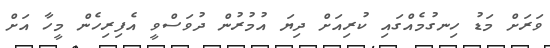
ވަރަށް މަޑު ހިނގުމެއްގައި ކުރިއަށް ދިޔަ އުމުރުން ދުވަސްވީ އެފިރިހެން މީހާ އަށް